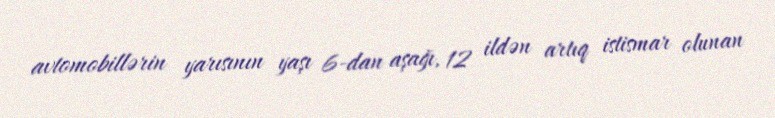
avtomobillərin yarısının yaşı 6-dan aşağı, 12 ildən artıq istismar olunan